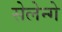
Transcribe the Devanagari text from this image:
सेलेन्गे